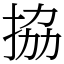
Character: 拹